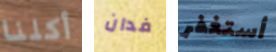
أكلنا فدان أستغفر